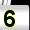
Digit: 5